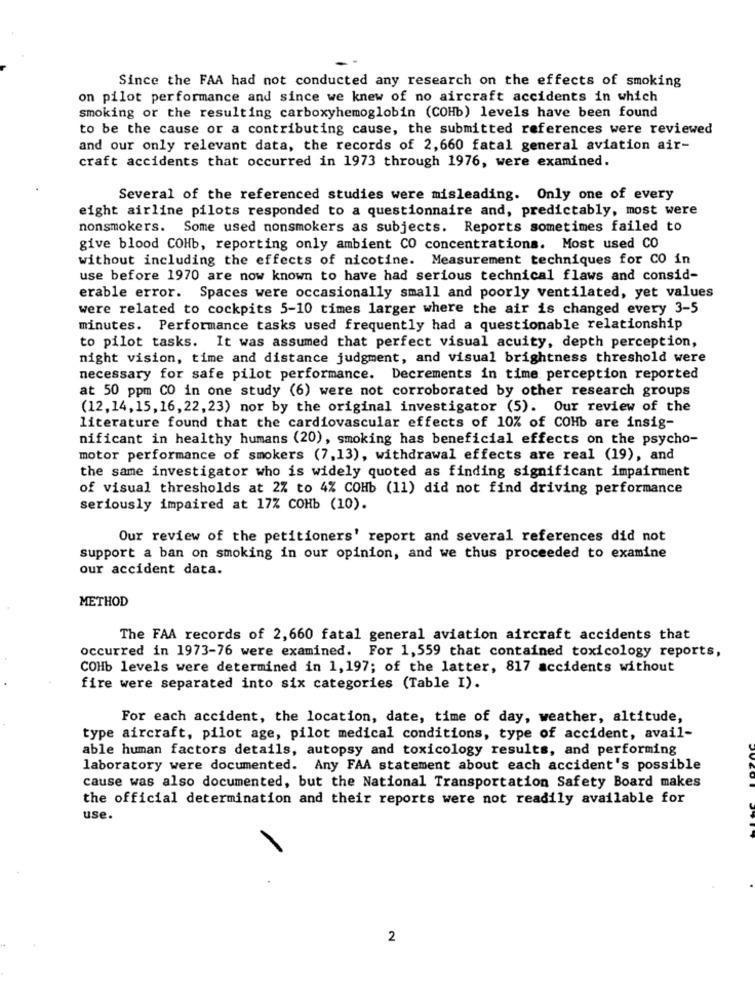
Since the FAA had not conducted any research on the effects of smoking
on pilot performance and since we knew of no aircraft accidents in which
smoking or the resulting carboxyhemoglobin (COHb) levels have been found
to be the cause or a contributing cause, the submitted references were reviewed
and our only relevant data, the records of 2,660 fatal general aviation air-
craft accidents that occurred in 1973 through 1976, were examined.
Several of the referenced studies were misleading. Only one of every
eight airline pilots responded to a questionnaire and, predictably, most were
nonsmokers.
Some used nonsmokers as subjects. Reports sometimes failed to
give blood COHb, reporting only ambient CO concentrations. Most used CO
without including the effects of nicotine. Measurement techniques for CO in
use before 1970 are now known to have had serious technical flaws and consid-
erable error. Spaces were occasionally small and poorly ventilated, yet values
were related to cockpits 5-10 times larger where the air is changed every 3-5
minutes. Performance tasks used frequently had a questionable relationship
to pilot tasks. It was assumed that perfect visual acuity, depth perception,
night vision, time and distance judgment, and visual brightness threshold were
necessary for safe pilot performance. Decrements in time perception reported
at 50 ppm CO in one study (6) were not corroborated by other research groups
(12,14,15,16,22,23) nor by the original investigator (5). Our review of the
literature found that the cardiovascular effects of 10% of COHb are insig-
nificant in healthy humans (20), smoking has beneficial effects on the psycho-
motor performance of smokers (7,13), withdrawal effects are real (19), and
the same investigator who is widely quoted as finding significant impairment
of visual thresholds at 2% to 4% COHb (11) did not find driving performance
seriously impaired at 17% COHb (10).
Our review of the petitioners' report and several references did not
support a ban on smoking in our opinion, and we thus proceeded to examine
our accident data.
METHOD
The FAA records of 2,660 fatal general aviation aircraft accidents that
occurred in 1973-76 were examined. For 1,559 that contained toxicology reports,
COHb levels were determined in 1,197; of the latter, 817 accidents without
fire were separated into six categories (Table I).
For each accident, the location, date, time of day, weather, altitude,
type aircraft, pilot age, pilot medical conditions, type of accident, avail-
able human factors details, autopsy and toxicology results, and performing
laboratory were documented. Any FAA statement about each accident's possible
cause was also documented, but the National Transportation Safety Board makes
the official determination and their reports were not readily available for
use.
2